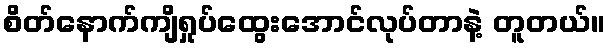
စိတ်နောက်ကျိရှုပ်ထွေးအောင်လုပ်တာနဲ့ တူတယ်။